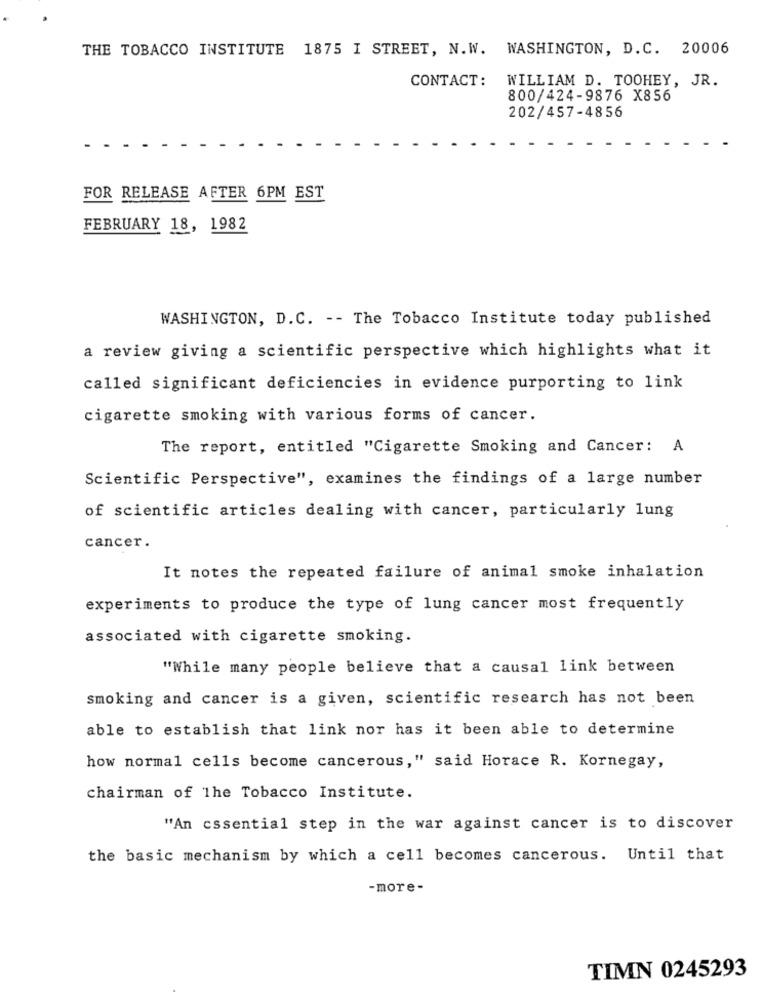
THE TOBACCO INSTITUTE 1875 I STREET, N.W. WASHINGTON, D.C. 20006
CONTACT:
WILLIAM D. TOOHEY, JR.
800/424-9876 X856
202/457-4856
FOR RELEASE AFTER 6PM EST
FEBRUARY 18, 1982
WASHINGTON, D.C. -- The Tobacco Institute today published
a review giving a scientific perspective which highlights what it
called significant deficiencies in evidence purporting to link
cigarette smoking with various forms of cancer.
The report, entitled "Cigarette Smoking and Cancer: A
Scientific Perspective", examines the findings of a large number
of scientific articles dealing with cancer, particularly lung
cancer.
It notes the repeated failure of animal smoke inhalation
experiments to produce the type of lung cancer most frequently
associated with cigarette smoking.
"While many people believe that a causal link between
smoking and cancer is a given, scientific research has not been
able to establish that link nor has it been able to determine
how normal cells become cancerous," said Horace R. Kornegay,
chairman of The Tobacco Institute.
"An essential step in the war against cancer is to discover
the basic mechanism by which a cell becomes cancerous. Until that
-more-
TIMN 0245293